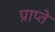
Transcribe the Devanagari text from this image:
प्राप्ते